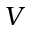
V